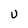
Character: u